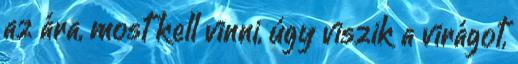
az ára, most kell vinni, úgy viszik a virágot,